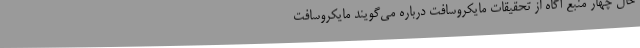
حال چهار منبع آگاه از تحقیقات مایکروسافت درباره می‌گویند مایکروسافت